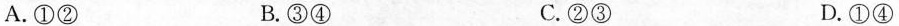
A.①② B.③④ C.②③ D.①④